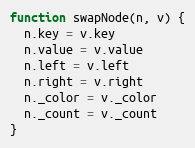
Language: JavaScript
function swapNode(n, v) {
  n.key = v.key
  n.value = v.value
  n.left = v.left
  n.right = v.right
  n._color = v._color
  n._count = v._count
}